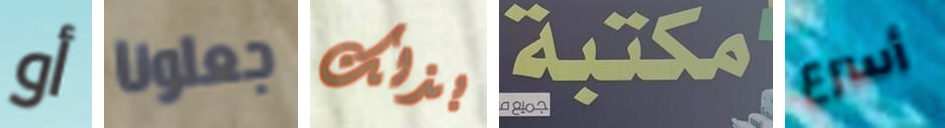
أو جعلونا بذلك مكتبة أسرع